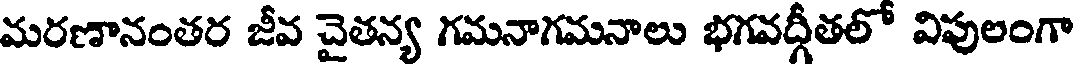
మరణానంతర జీవ చైతన్య గమనాగమనాలు భగవద్గీతలో విపులంగా